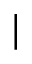
\vert